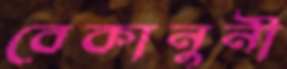
বেকানুনী